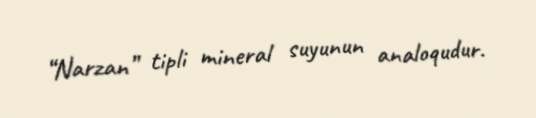
“Narzan” tipli mineral suyunun analoqudur.